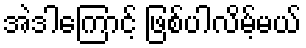
အဲဒါကြောင့် ဖြစ်ပါလိမ့်မယ်